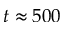
t \approx 5 0 0